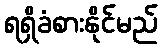
ရရှိခံစားနိုင်မည်